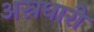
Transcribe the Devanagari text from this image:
अस्रधारी